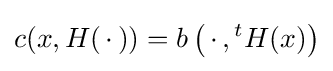
c(x,H(\,\cdot \,))=b\left(\,\cdot \,,{}^{t}H(x)\right)